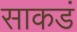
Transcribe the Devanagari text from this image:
साकडं